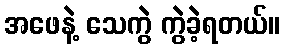
အဖေနဲ့ သေကွဲ ကွဲခဲ့ရတယ်။